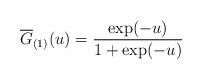
LaTeX: \begin{align*}\overline{G}_{(1)}(u)=\frac{\exp(-u)}{1+\exp(-u)}\end{align*}